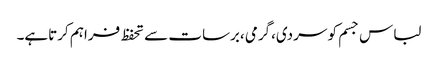
لباس جسم کو سردی،گرمی ،برسات سے تحفظ فراہم کرتاہے۔